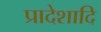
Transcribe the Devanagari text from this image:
प्रादेशादि